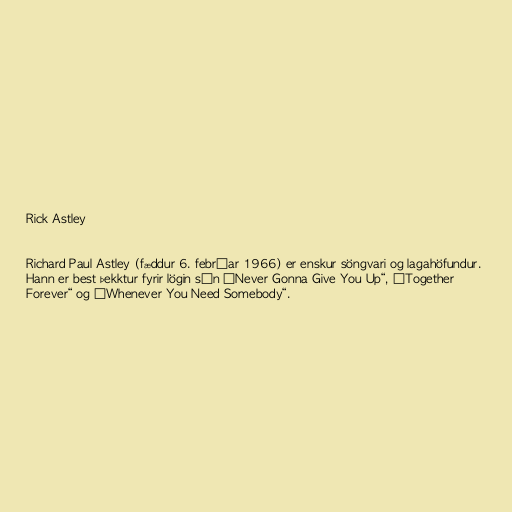
Rick Astley

Richard Paul Astley (fæddur 6. febrúar 1966) er enskur söngvari og lagahöfundur.
Hann er best þekktur fyrir lögin sín „Never Gonna Give You Up“, „Together
Forever“ og „Whenever You Need Somebody“.